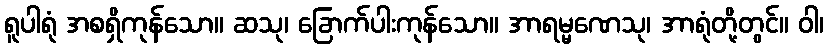
ရူပါရုံ အစရှိကုန်သော။ ဆသု၊ ခြောက်ပါးကုန်သော။ အာရမ္မဏေသု၊ အာရုံတို့တွင်။ ဝါ၊